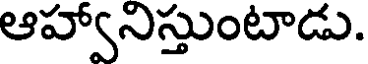
ఆహ్వానిస్తుంటాడు.